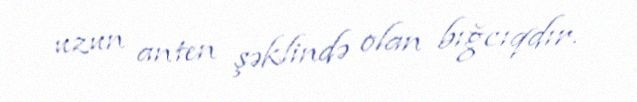
uzun anten şəklində olan bığcıqdır.